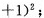
+ 1 )^{2}$$；